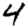
Digit: 4